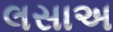
લસાઅ